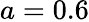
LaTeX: a=0.6